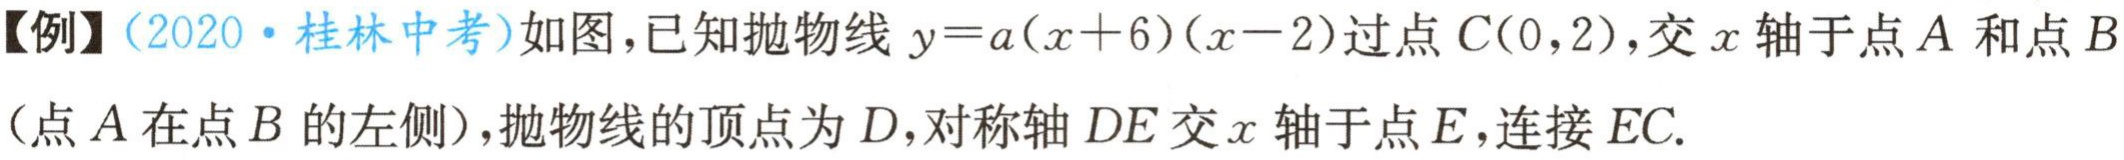
【例】（2020·桂林中考）如图，已知抛物线\(y = a(x + 6)(x - 2)\)过点\(C(0,2)\)，交\(x\)轴于点\(A\)和点\(B\)（点\(A\)在点\(B\)的左侧），抛物线的顶点为\(D\)，对称轴\(DE\)交\(x\)轴于点\(E\)，连接\(EC\).